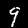
Label: 9